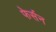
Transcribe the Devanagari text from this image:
फेर्सन